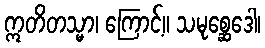
ဣတိတသ္မာ၊ ကြောင့်။ သမုစ္ဆေဒေါ၊